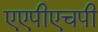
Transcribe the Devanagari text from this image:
एएपीएचपी